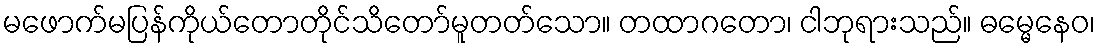
မဖောက်မပြန်ကိုယ်တောတိုင်သိတော်မူတတ်သော။ တထာဂတော၊ ငါဘုရားသည်။ ဓမ္မေနေဝ၊